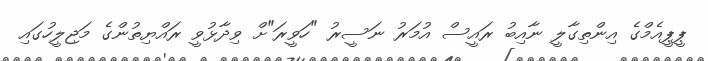
ޕީޕީއެމްގެ އިންތިގާލީ ނާއިބު ރައީސް އުމަރު ނަސީރު "ހަވީރަ"ށް ވިދާޅުވީ ރައްޔިތުންގެ މަޖިލީހުގައި